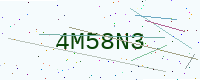
Text: 4M58N3